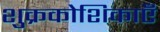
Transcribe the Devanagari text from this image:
शुक्रकोशिकाएँ